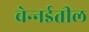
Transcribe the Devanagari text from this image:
चेन्‍नईतील